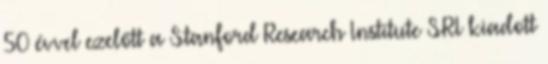
50 évvel ezelőtt a Stanford Research Institute SRI kiadott